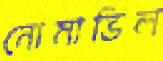
নোমাভিল